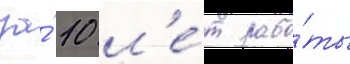
за́ 10 л'е́т рабо́ты